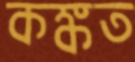
কঙ্কত